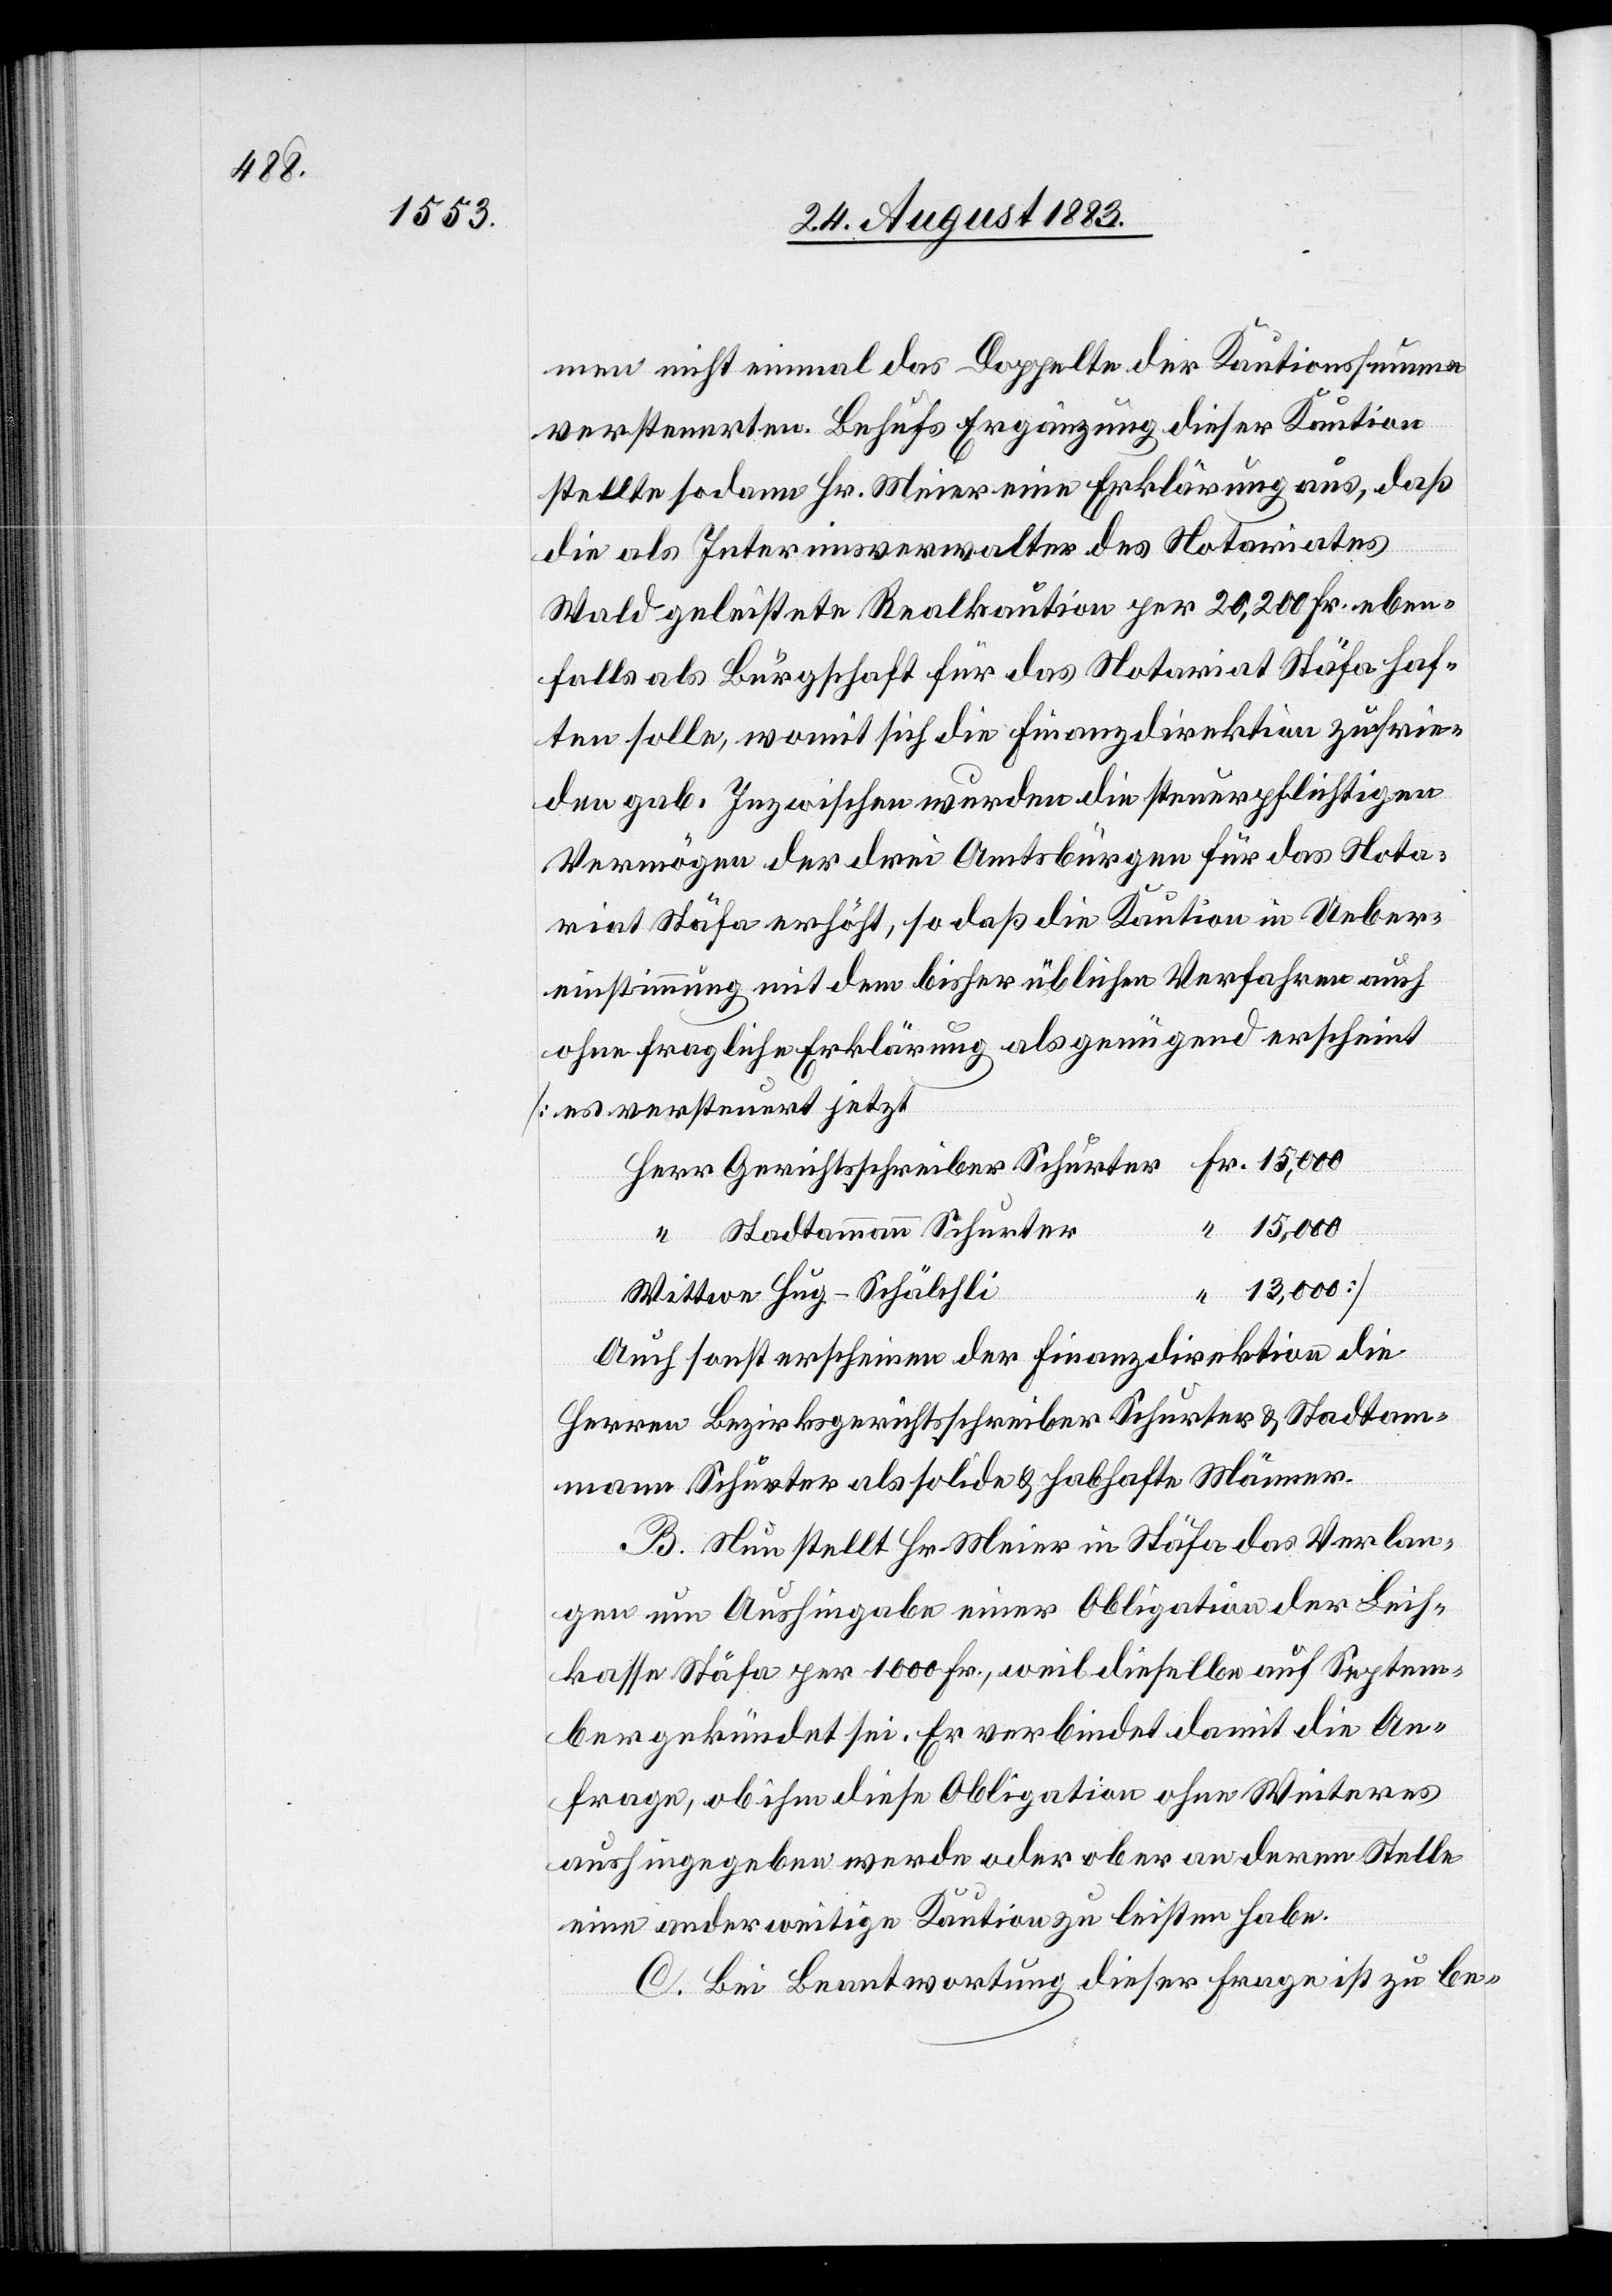
men nicht einmal das Doppelte der Kautionssumme
versteuerten. Behufs Ergänzung dieser Kaution
stellte sodann Hr. Meier eine Erklärung aus, daß
die als Interimsverwalter des Notariates
Wald geleistete Realkaution per 20,200 Fr. eben¬
falls als Bürgschaft für das Notariat Stäfa haf¬
ten solle, womit sich die Finanzdirektion zufrie¬
den gab. Inzwischen wurden die steuerpflichtigen
Vermögen der drei Amtsbürgen für das Nota¬
riat Stäfa erhöht, so daß die Kaution in Ueber¬
einstimmung mit dem bisher üblichen Verfahren auch
ohne fragliche Erklärung als genügend erscheint
[es versteuert jetzt
Stadtammann Schurter
Wittwe Hug-Schälchli
Auch sonst erscheinen der Finanzdirektion die
Herren Bezirksgerichtsschreiber Schurter & Stadtam¬
mann Schurter als solide & habhafte Männer.
B. Nun stellt Hr. Meier in Stäfa das Verlan¬
gen um Aushingabe einer Obligation der Leih¬
kasse Stäfa per 1000 Fr., weil dieselbe auf Septem¬
ber gekündet sei. Er verbindet damit die An¬
frage, ob ihm diese Obligation ohne Weiteres
aushingegeben werde oder ob er an deren Stelle
eine anderweitige Kaution zu leisten habe.
C. Bei Beantwortung dieser Frage ist zu be-